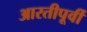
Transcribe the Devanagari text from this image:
आरतीपूर्वी